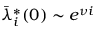
\bar { \lambda } _ { i } ^ { * } ( 0 ) \sim e ^ { \nu i }